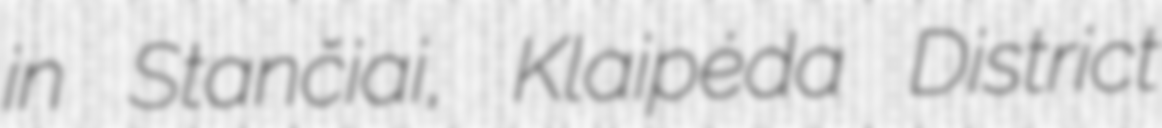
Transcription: in Stančiai, Klaipėda District